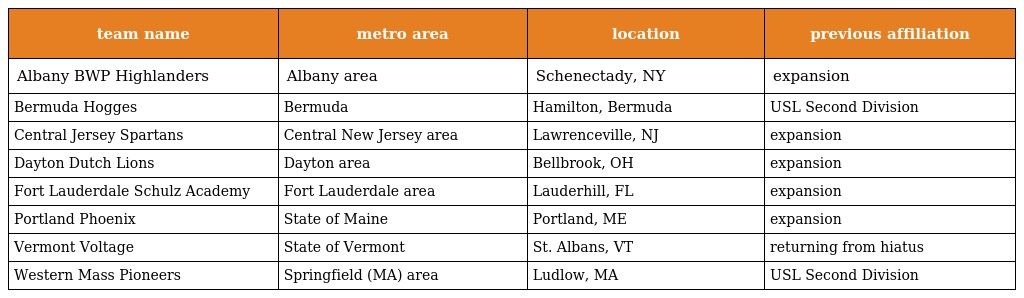
| team name | metro area | location | previous affiliation |
 | --- | --- | --- | --- |
 | Albany BWP Highlanders | Albany area | Schenectady, NY | expansion |
 | Bermuda Hogges | Bermuda | Hamilton, Bermuda | USL Second Division |
 | Central Jersey Spartans | Central New Jersey area | Lawrenceville, NJ | expansion |
 | Dayton Dutch Lions | Dayton area | Bellbrook, OH | expansion |
 | Fort Lauderdale Schulz Academy | Fort Lauderdale area | Lauderhill, FL | expansion |
 | Portland Phoenix | State of Maine | Portland, ME | expansion |
 | Vermont Voltage | State of Vermont | St. Albans, VT | returning from hiatus |
 | Western Mass Pioneers | Springfield (MA) area | Ludlow, MA | USL Second Division |